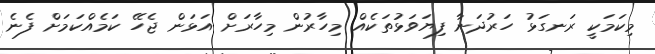
މިކަމަކީ ރަނގަޅު ހަރުދަނާ ފިޔަވަޅުތަކެއް މިހާރުން މިހާރަށް އަޅަން ޖެހޭ ކަމެއްކަމަށް ފެނެ